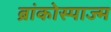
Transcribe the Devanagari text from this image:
ब्रांकोस्पाज्म